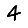
Digit: 4